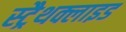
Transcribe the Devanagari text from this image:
स्ट्रैथक्लाइड